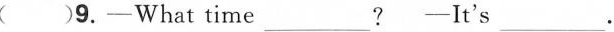
（）9.-What time___? -It's___ .